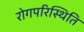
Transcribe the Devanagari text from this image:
रोगपरिस्थिति